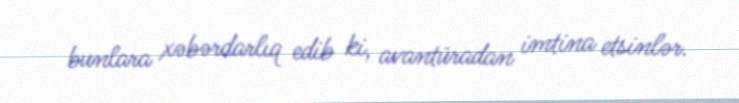
bunlara xəbərdarlıq edib ki, avantüradan imtina etsinlər.